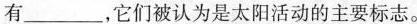
有___，它们被认为是太阳活动的主要标志。